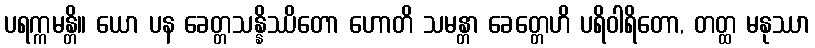
ပရက္ကမန္တိ။ ယော ပန ခေတ္တသန္နိဿိတော ဟောတိ သမန္တာ ခေတ္တေဟိ ပရိဝါရိတော, တတ္ထ မနုဿာ